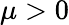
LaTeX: \mu>0